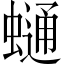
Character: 𧐺